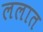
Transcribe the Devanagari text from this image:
ललात